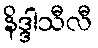
နိဒ္ဒါသီလီ